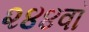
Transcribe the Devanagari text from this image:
२४४वॉ